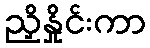
ညှိနှိုင်းကာ